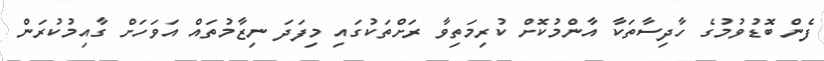
ފެން ބޮޑުވުމުގެ ހާދިސާތަކާ އާންމުކޮށް ކުރިމަތިވާ ރަށްތަކުގައި މިފަދަ ނިޒާމުތައް އަވަހަށް ގާއިމުކުރަން